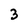
Character: 3